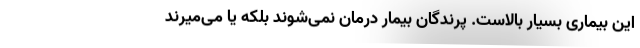
این بیماری بسیار بالاست. پرندگان بیمار درمان نمی‌شوند بلکه یا می‌میرند